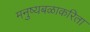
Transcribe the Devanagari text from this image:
मनुष्यबळाकरिता